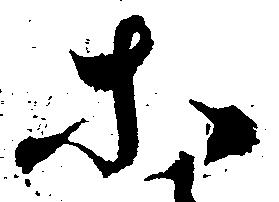
等